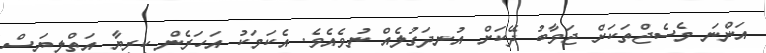
އަންނަ މެސެޖްތަކަށް ޖަވާބު ދޭކަށް އުނދަގުލެއް ނުވެއެވެ. އެކަމަކު އަހަރެން ކިރިޔާ އަތްލިޔަސް